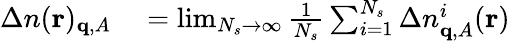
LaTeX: \begin{array}{rl}{\Delta n(\mathbf{r})_{\mathbf{q},A}}&{{}=\operatorname*{lim}_{N_{s}\to\infty}\frac{1}{N_{s}}\sum_{i=1}^{N_{s}}\Delta n_{\mathbf{q},A}^{i}(\mathbf{r})}\end{array}